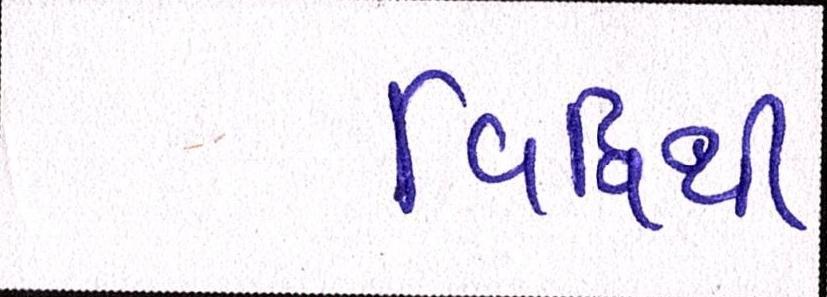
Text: વિધિથી